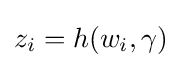
z_{i}=h(w_{i},\gamma )